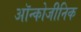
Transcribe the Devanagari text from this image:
ऑन्कोजीनिक